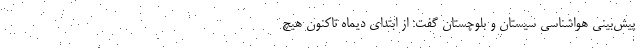
پیش‌بینی هواشناسی سیستان و بلوچستان گفت: از ابتدای دیماه تاکنون هیچ